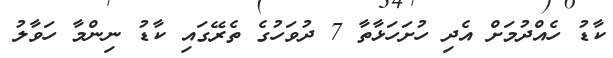
ކާޑު ހެއްދުމަށް އެދި ހުށަހަޅާތާ 7 ދުވަހުގެ ތެރޭގައި ކާޑު ނިންމާ ހަވާލު